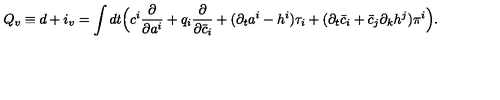
Q _ { v } \equiv d + i _ { v } = \int d t \Bigl ( c ^ { i } \frac { \partial } { \partial a ^ { i } } + q _ { i } \frac { \partial } { \partial \bar { c } _ { i } } + ( \partial _ { t } a ^ { i } - h ^ { i } ) \tau _ { i } + ( \partial _ { t } \bar { c } _ { i } + \bar { c } _ { j } \partial _ { k } h ^ { j } ) \pi ^ { i } \Bigr ) .